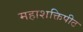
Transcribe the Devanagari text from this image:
महाशक्तिपीठ